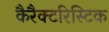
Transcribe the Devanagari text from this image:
कैरैक्टरिस्टिक